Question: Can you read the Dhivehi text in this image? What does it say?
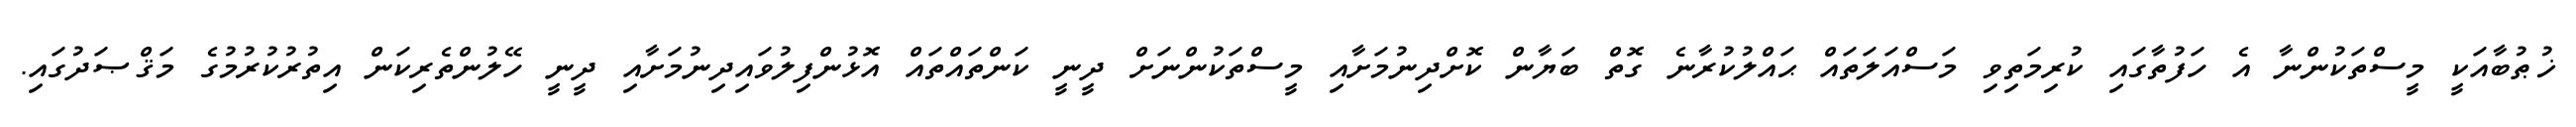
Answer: ޚުޠުބާއަކީ މީސްތަކުންނާ އެ ހަފުތާގައި ކުރިމަތިވި މަސްއަލަތައް ޙައްލުކުރާނެ ގޮތް ބަޔާން ކޮށްދިނުމަށާއި މީސްތަކުންނަށް ދީނީ ކަންތައްތައް އޮޅުންފިލުވައިދިނުމަށާއި ދީނީ ހޭލުންތެރިކަން އިތުރުކުރުމުގެ މަޤްޞަދުގައި.